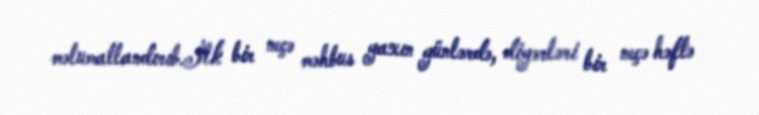
məlumatlandırıb.İlk bir neçə məhbus yaxın günlərdə, digərləri bir neçə həftə